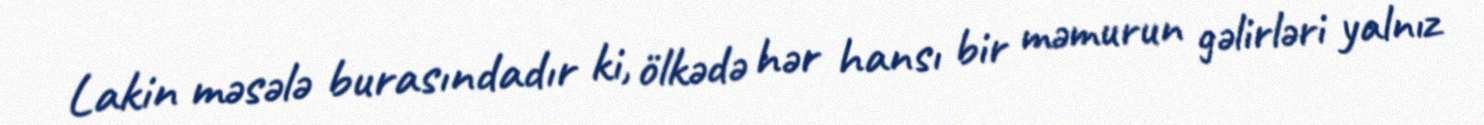
Lakin məsələ burasındadır ki, ölkədə hər hansı bir məmurun gəlirləri yalnız